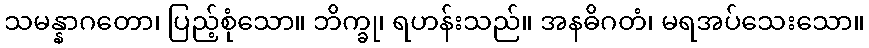
သမန္နာဂတော၊ ပြည့်စုံသော။ ဘိက္ခု၊ ရဟန်းသည်။ အနဓိဂတံ၊ မရအပ်သေးသော။